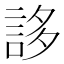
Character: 誃